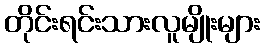
တိုင်းရင်းသားလူမျိုးများ